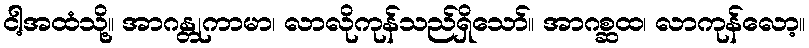
ငါ့အထံသို့။ အာဂန္တုကာမာ၊ လာလိုကုန်သည်ရှိသော်။ အာဂစ္ဆထ၊ လာကုန်လော့။